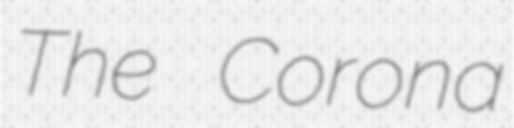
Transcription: The Corona